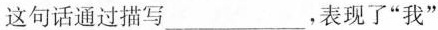
这句话通过描写___，表现了”我”